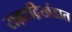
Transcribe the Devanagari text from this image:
सह्याद्रिखंडात